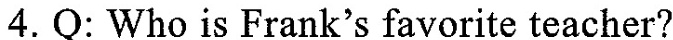
4. Q:Who is Frank's favorite teacher?